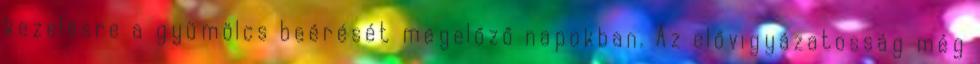
kezelésre a gyümölcs beérését megelőző napokban. Az elővigyázatosság még